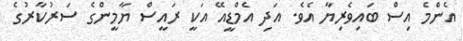
އެންމެ އިސް ބައިވެރިޔާ އެވެ. އަދި އެމްޑީއޭ އަކީ ރައީސް ޔާމީންގެ ސަރުކާރުގެ